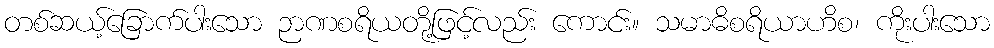
တစ်ဆယ့်ခြောက်ပါးသော ဉာဏစရိယတို့ဖြင့်လည်း ကောင်း။ သမာဓိစရိယာဟိစ၊ ကိုးပါးသော